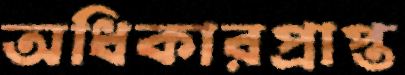
অধিকারপ্রাপ্ত